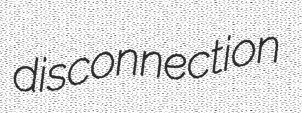
disconnection